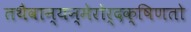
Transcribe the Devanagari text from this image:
तथैवान्यन्मेरोर्दक्षिणतो